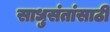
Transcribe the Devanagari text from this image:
साधुसंतांसाठी